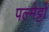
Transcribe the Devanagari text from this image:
पल्मेट्टो